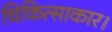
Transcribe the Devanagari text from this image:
चिकित्साकार।